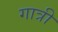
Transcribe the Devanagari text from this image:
गात्री